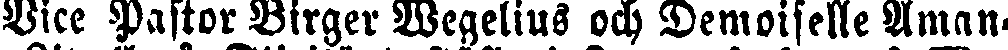
Vice Pastor Birger Wegelius och Demoiselle Aman-